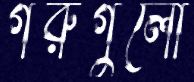
গরুগুলো